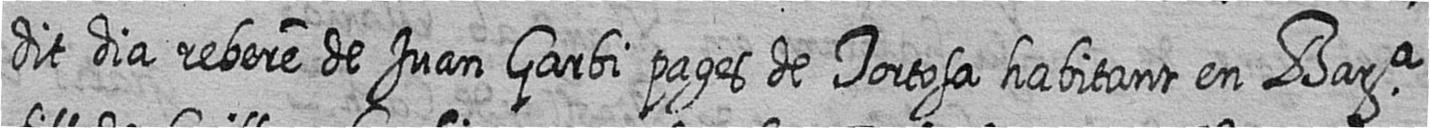
dit dia rebere de Juan Garbi pages de Tortosa habitant en Bara